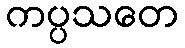
ကပ္ပသတေ